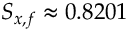
S _ { x , f } \approx 0 . 8 2 0 1